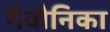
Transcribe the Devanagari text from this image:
गैवौनिका